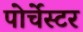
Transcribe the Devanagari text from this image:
पोर्चेस्टर